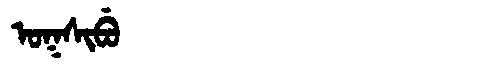
Manchu: ᠣᡴᠰᡳᠪᡠ
Romanization: OKSIBU